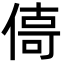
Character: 㑸